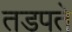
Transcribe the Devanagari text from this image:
तडपते